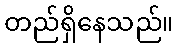
တည်ရှိနေသည်။